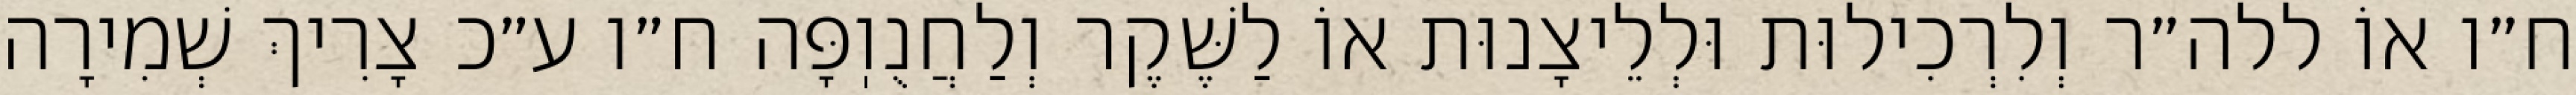
ח״ו אוֹ ללה״ר וְלִרְכִילוּת וּלְלֵיצָנוּת אוֹ לַשֶּׁקֶר וְלַחֲנֻוֽפָּה ח״ו ע״כ צָרִיךְ שְׁמִירָה